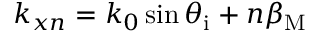
k _ { x n } = k _ { 0 } \sin \theta _ { \mathrm { i } } + n \beta _ { \mathrm { M } }